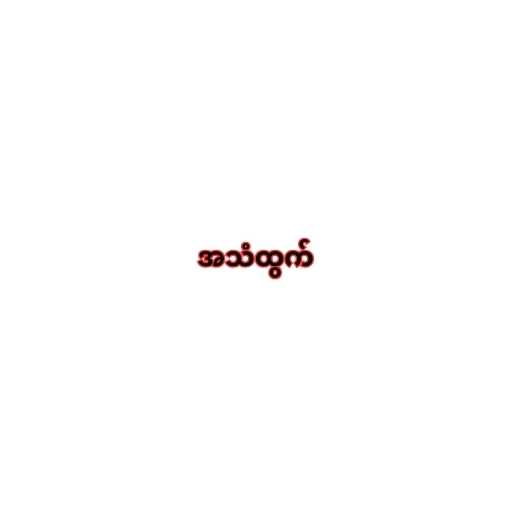
အသံထွက်